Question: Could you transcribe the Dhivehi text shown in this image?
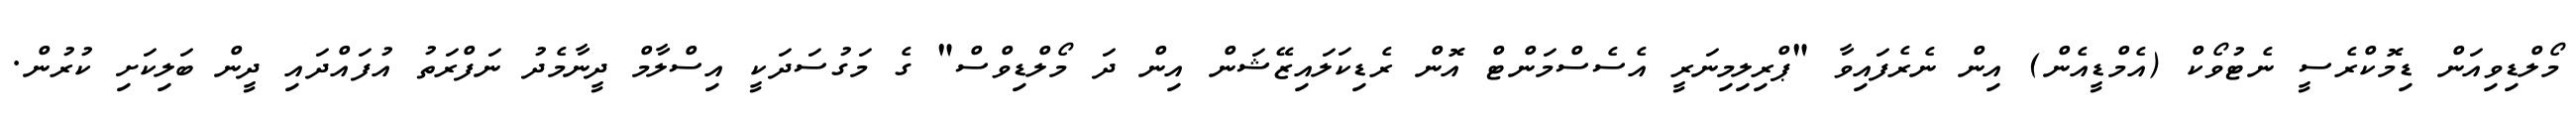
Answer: މޯލްޑިވިއަން ޑިމޮކްރެސީ ނެޓުވޯކް (އެމްޑީއެން) އިން ނެރެފައިވާ "ޕްރިލިމިނަރީ އެސެސްމަންޓް އޮން ރެޑިކަލައިޒޭޝަން އިން ދަ މޯލްޑިވްސް" ގެ މަގުސަދަކީ އިސްލާމް ދީނާމެދު ނަފްރަތު އުފައްދައި ދީން ބަލިކަށި ކުރުން.